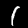
Digit: 1